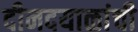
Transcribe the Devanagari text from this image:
दीनदयाळांची